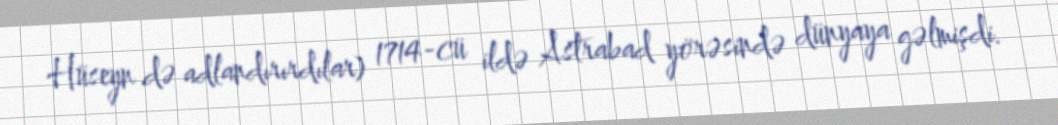
Hüseyn də adlandırırdılar) 1714-cü ildə Astrabad yörəsində dünyaya gəlmişdi.